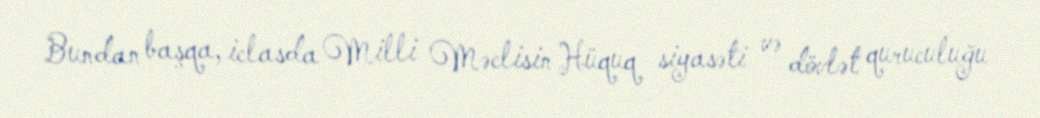
Bundan başqa, iclasda Milli Məclisin Hüquq siyasəti və dövlət quruculuğu